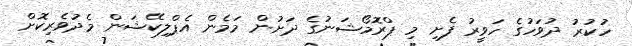
ހުކުރު ދުވަހުގެ ހަވީރު ފެށި މި ޕްރޮމޯޝަނުގެ ދަށުން މަމެން އެޕްލިކޭޝަން މެދުވެރިކޮށް